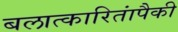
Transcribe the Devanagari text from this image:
बलात्‍कारितांपैकी